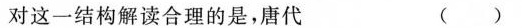
对这一结构解读合理的是，唐代 ( )